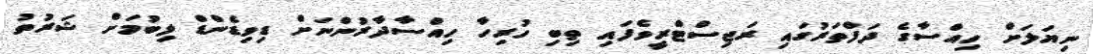
ނިޔަލަށް ހިއްސާގެ ދަފްތަރުގައި ރަޖިސްޓްރީވެފައި ތިބި ހުރިހާ ހިއްސާދާރުންނަށް ޑިވިޑެންޑް ލިބުމަށް ޝަރުތު